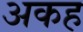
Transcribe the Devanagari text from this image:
अकह